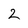
Character: 2